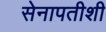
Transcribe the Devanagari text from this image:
सेनापतीशी